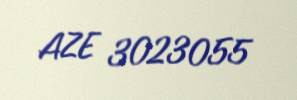
AZE 3023055